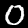
Label: 0